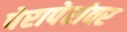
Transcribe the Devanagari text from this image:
पेरापेरांवर